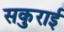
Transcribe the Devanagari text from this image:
सकुराई